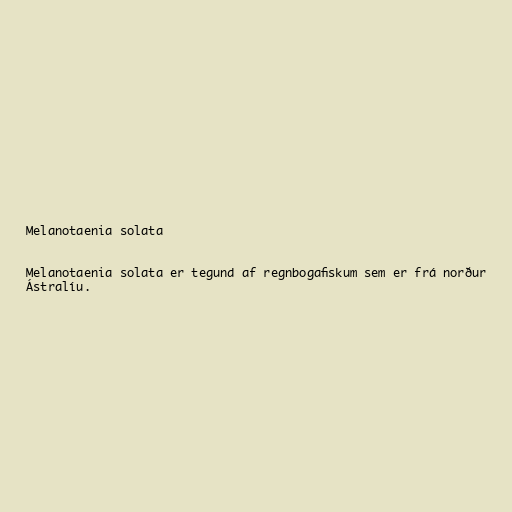
Melanotaenia solata

Melanotaenia solata er tegund af regnbogafiskum sem er frá norður
Ástralíu.